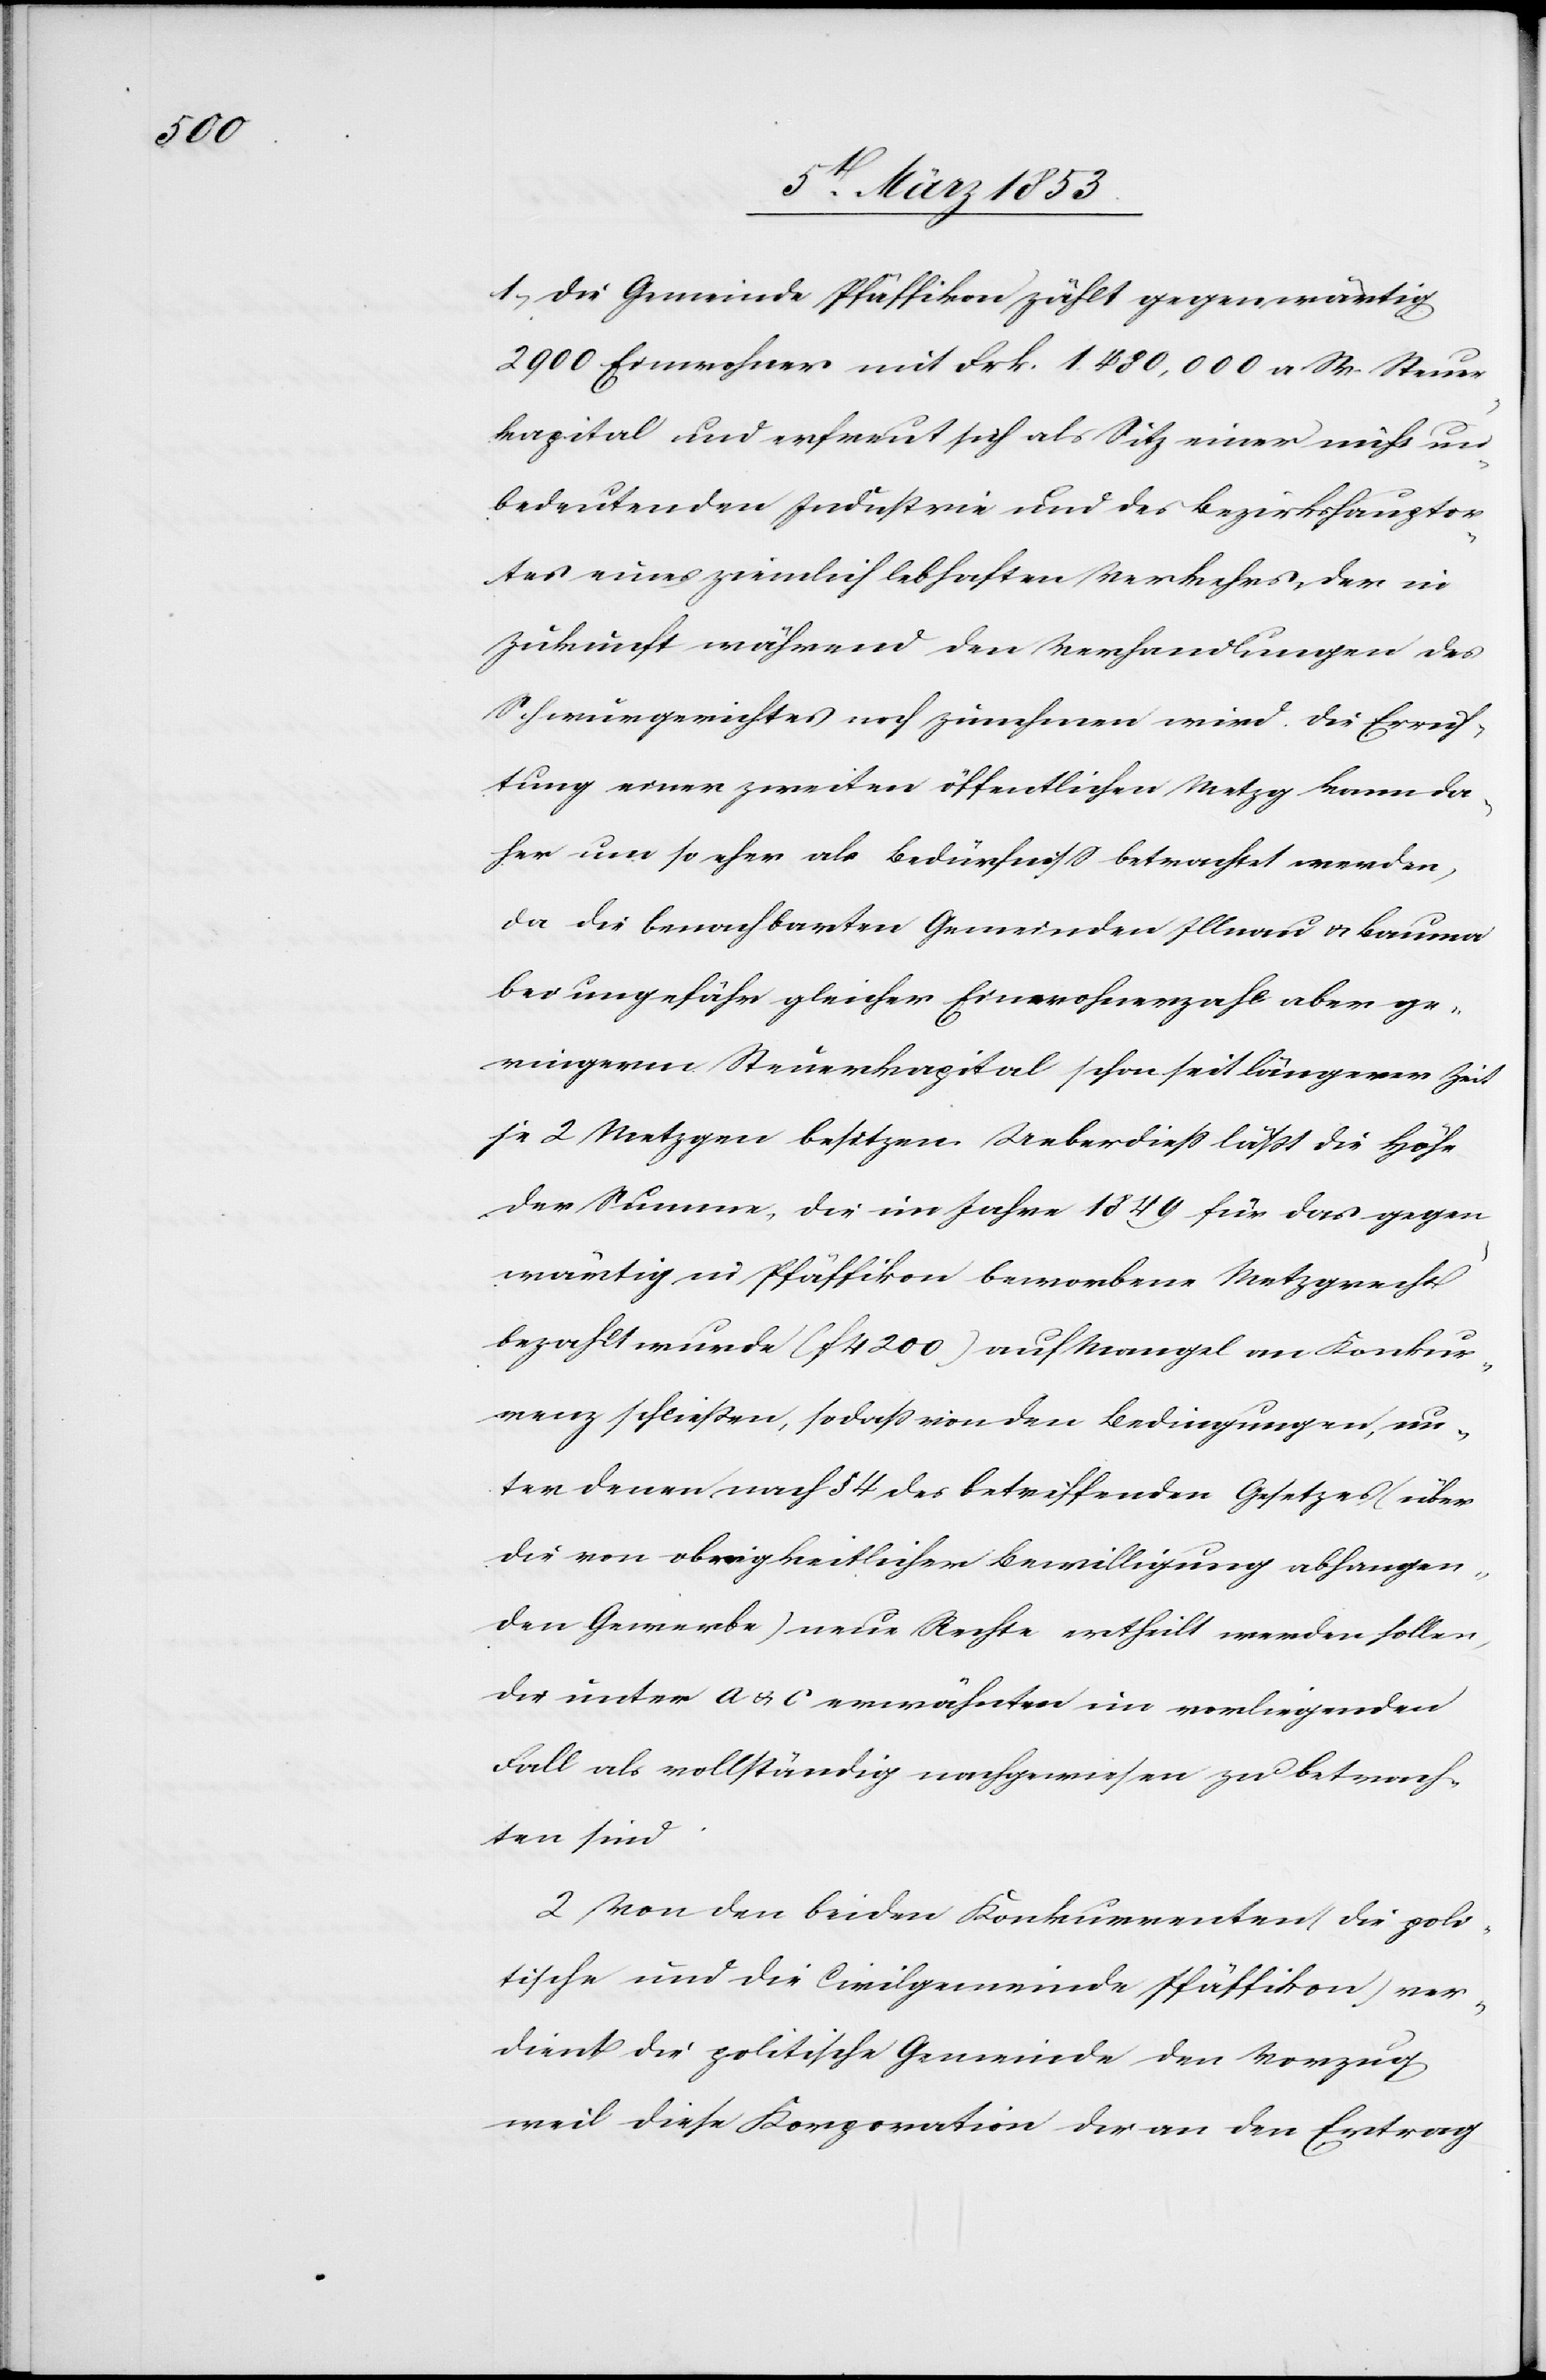
1, Die Gemeinde Pfäffikon zählt gegenwärtig
2900 Einwohner mit Frk. 1. 480, 000 a. W. Steuer¬
kapital und erfreut sich als Sitz einer nicht un¬
bedeutenden Industrie und des Bezirkshauptor¬
tes eines ziemlich lebhaften Verkehres, der in
Zuschrift während der Verhandlungen des
Schwurgerichtes noch zunehmen wird. Die Errich¬
tung einer zweiten öffentlichen Metzg kann da¬
her um so eher als Bedürfniß betrachtet werden,
da die benachbarten Gemeinden Illnau u. Bauma
bei ungefähr gleicher Einwohnerzahl aber ge¬
ringern Steuerkapital schon seit längerer Zeit
je 2 Metzgen besitzen. Ueberdieß läßt die Höhe
der Summe, die im Jahr 1849 für das gegen¬
wärtig in Pfäffikon beworbene Metzgrecht
bezahlt wurde (f. 4200) auf Mangel an Konkur¬
renz schließen, so daß von den Bedingungen, un¬
ter denen nach § 4 des betreffenden Gesetzes über
die von obrigkeitlicher Bewilligung abhangen¬
den Gewerbe) neue Rechte ertheilt werden sollen,
die unter a. u. c. erwähnten im vorliegenden
Fall als vollständig nachgewiesen zu betrach¬
ten sind.
2 Von den beiden Konkurrenten, die poli¬
tische und die Civilgemeinde Pfäffikon, ver¬
dient die politische Gemeinde den Vorzug
weil diese Korporation der an den Ertrag